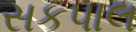
સકપાલ